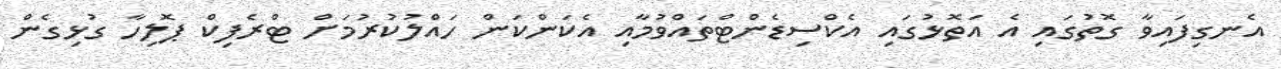
އެނގިފައިވާ ގޮތުގައި އެ އަތޮޅުގައި އެކްސިޑެންޓްތައްވުމާއި އެކަންކަން ހައްލުކުރުމަށް ޓްރެފިކް ޕޮލިހާ ގުޅިގެން